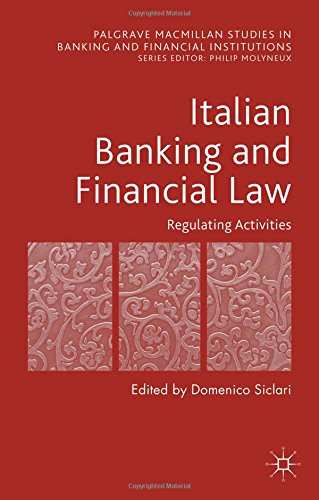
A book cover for Italian Banking and Financial Law: Regulating Activities (Palgrave Macmillan Studies in Banking and Financial Institutions); Law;